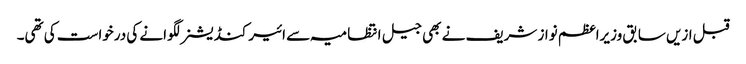
قبل ازیں سابق وزیراعظم نواز شریف نے بھی جیل انتظامیہ سے ائیرکنڈیشنر لگوانے کی درخواست کی تھی۔